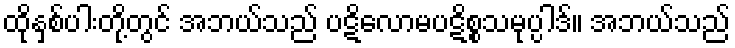
ထိုနှစ်ပါးတို့တွင် အဘယ်သည် ပဋိလောမပဋိစ္စသမုပ္ပါဒ်။ အဘယ်သည်